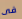
فى